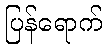
ပြန်ရောက်